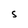
Character: S